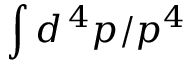
\int d ^ { \, 4 } p / p ^ { 4 }